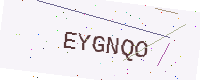
Text: EYGNQO